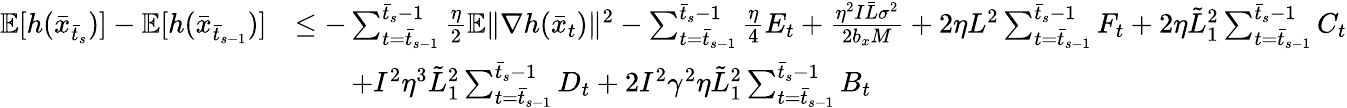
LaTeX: \begin{array}{rl}{\mathbb{E}[h(\bar{x}_{\bar{t}_{s}})]-\mathbb{E}[h(\bar{x}_{\bar{t}_{s-1}})]}&{\leq-\sum_{t=\bar{t}_{s-1}}^{\bar{t}_{s}-1}\frac{\eta}{2}\mathbb{E}\| \nabla h(\bar{x}_{t})\| ^{2}-\sum_{t=\bar{t}_{s-1}}^{\bar{t}_{s}-1}\frac{\eta}{4}E_{t}+\frac{\eta^{2}I\bar{L}\sigma^{2}}{2b_{x}M}+2\eta L^{2}\sum_{t=\bar{t}_{s-1}}^{\bar{t}_{s}-1}F_{t}+2\eta\tilde{L}_{1}^{2}\sum_{t=\bar{t}_{s-1}}^{\bar{t}_{s}-1}C_{t}}\\ &{\qquad+I^{2}\eta^{3}\tilde{L}_{1}^{2}\sum_{t=\bar{t}_{s-1}}^{\bar{t}_{s}-1}D_{t}+2I^{2}\gamma^{2}\eta\tilde{L}_{1}^{2}\sum_{t=\bar{t}_{s-1}}^{\bar{t}_{s}-1}B_{t}}\end{array}